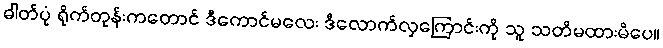
ဓါတ်ပုံ ရိုက်တုန်းကတောင် ဒီကောင်မလေး ဒီလောက်လှကြောင်းကို သူ သတိမထားမိပေ။